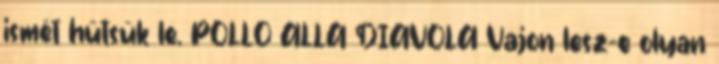
ismét hűtsük le. POLLO ALLA DIAVOLA Vajon lesz-e olyan